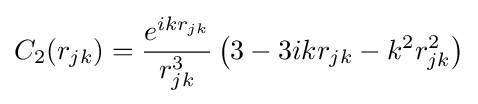
C_{2}(r_{jk})={\frac {e^{ikr_{jk}}}{r_{jk}^{3}}}\left(3-3ikr_{jk}-k^{2}r_{jk}^{2}\right)